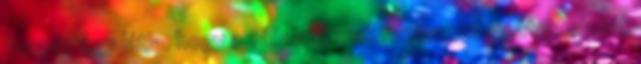
Dercze úgy látja, hogy a vállalatoknak fontos, hogy átgondolják